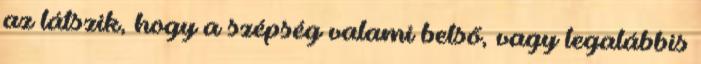
az látszik, hogy a szépség valami belső, vagy legalábbis